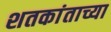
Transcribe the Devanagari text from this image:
शतकांताच्या